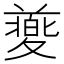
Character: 𡕸